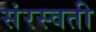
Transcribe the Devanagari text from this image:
संरस्वती